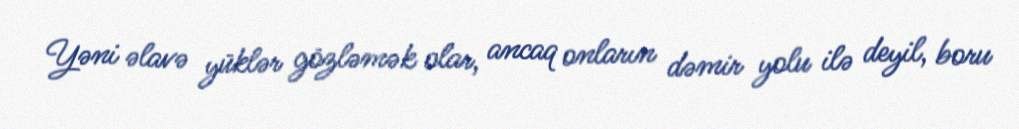
Yəni əlavə yüklər gözləmək olar, ancaq onların dəmir yolu ilə deyil, boru